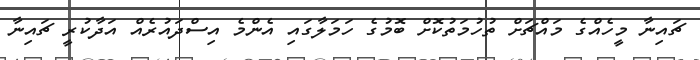
ޗައިނާ މީހެއްގެ މައްޗަށް ތުހުމަތުކޮށް ބޮމުގެ ހަމަލާގައި އެންމެ އިސްދައުރެއް އަދާކުރީ ޗައިނާ